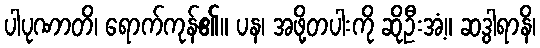
ပါပုဏာတိ၊ ရောက်ကုန်၏။ ပန၊ အဖို့တပါးကို ဆိုဦးအံ့။ ဆဒွါရာနိ၊